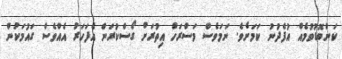
ކަންބޮޑުވުމެއް އުފެދުނު ކަމަށެވެ. ނަމަވެސް މަސްރަހު އިތުރަށް ގޯސްކުރަން އެފަހަރު އެއްވެސް ގައުމަކުން